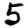
Digit: 5